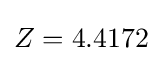
Z=4.4172\,\!